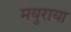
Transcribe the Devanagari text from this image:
मयुराया